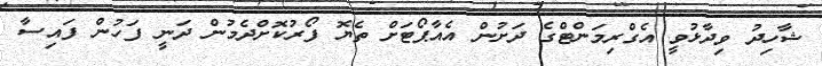
ޝާހިދު ވިދާޅުވީ އެގްރިމަންޓްގެ ދަށުން އެއާޕޯޓަށް ތެޔޮ ފޯރުކޮށްދެމުން ދަނީ ފަހުން ފައިސާ